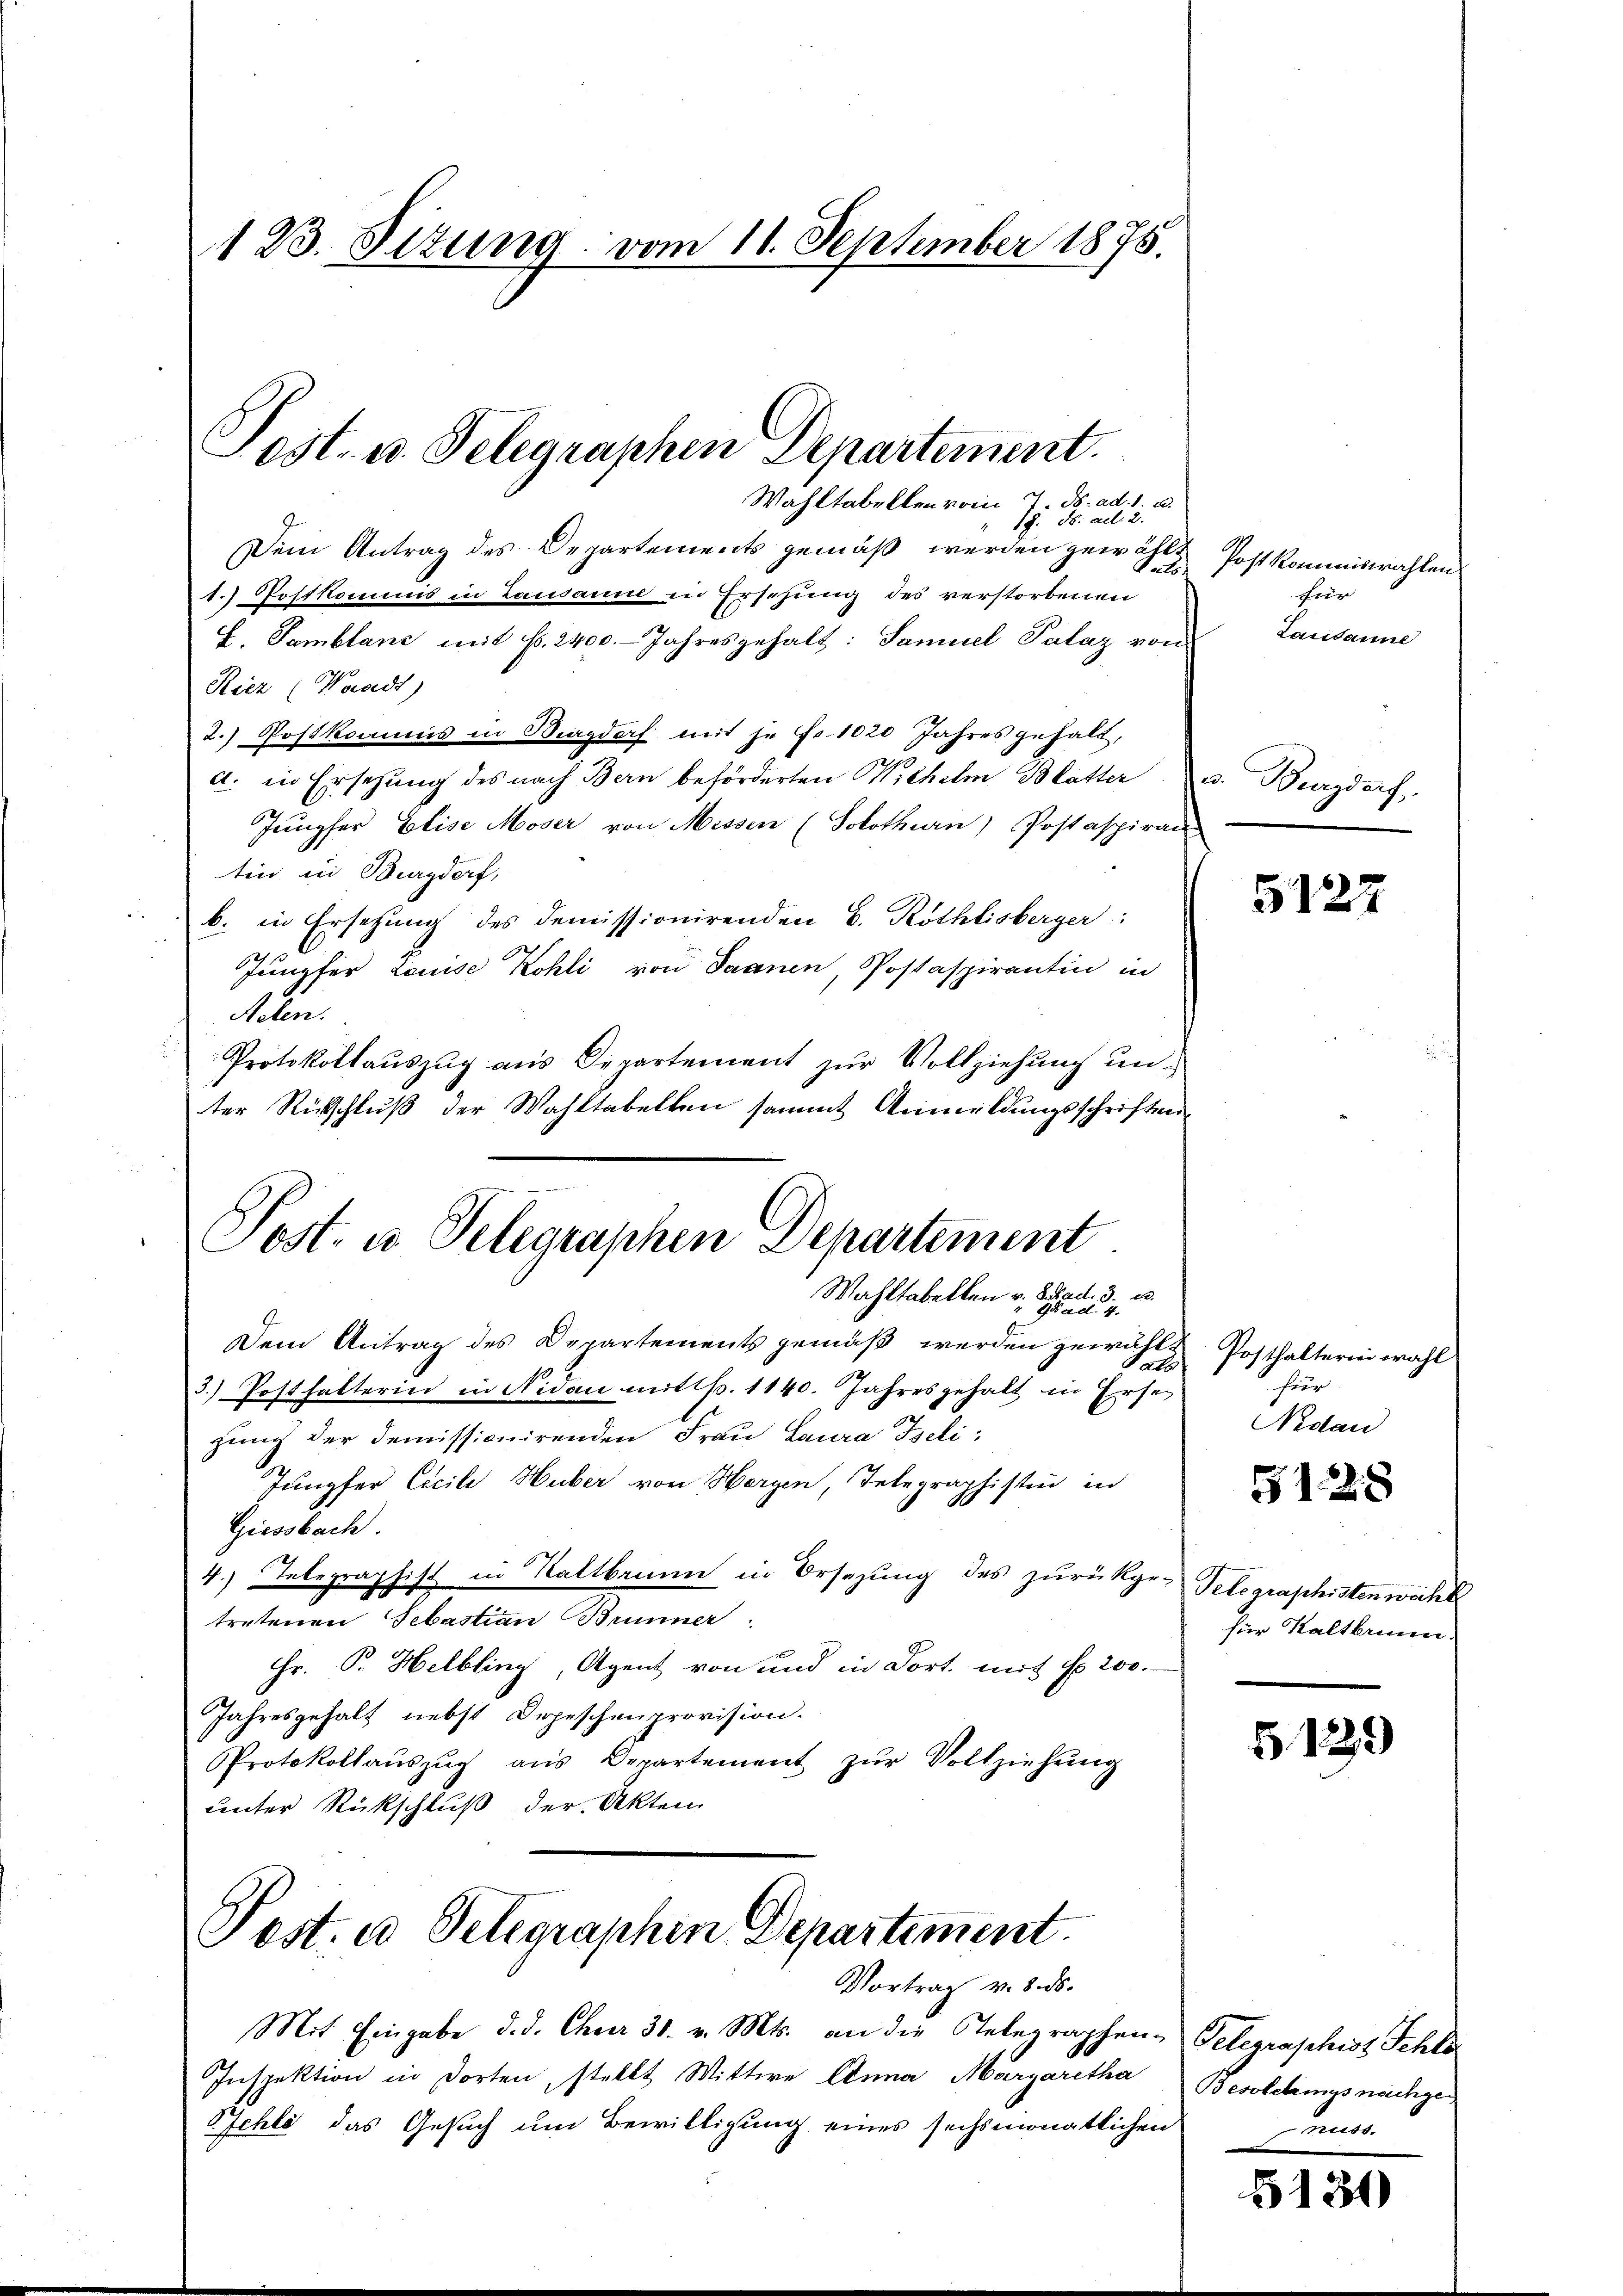
123. Situng vom 11. September 1875.

19. ds. Al. 2.
Dem Antrag des Departements gemäß werden gewählt Post kommiswahlen
1.) Postkommis in Lausanne in Ersehung des verstorbenen
L. Samblanc mit fr. 2400. Jahresgehalt: Samuel Palaz von
Ricz (Waadt)
2.) Postkomms in Bagdorf mit je Fr. 1020 Jahres gehalt,
a. in Ersehung des nach Bern beförderten Wilhelm Blatter u. Burgdorf
Jungfer Elise Moser von Messen (Solothurn) Postaspiran
tin in Burgdorf,
b. in Ersetzung des demissionirenden B. Röthlisberger:
Jungfer Louise Kohli von Saanen, Postaspirantin in
Auen.
Protokollaŭszŭg aŭs Departement zŭr Vollziehŭng ŭn-
ter Rückschluß der Wahltabellen sammt Anmeldungsschriften
Post. u. Telegraphen Departement
Wahltabellen v. Schad. 3. 22.
Dem Antrag des Departements gemäß werden gewähl & Posthalterin wahl
Pats
3.) Posthalterin in Nidau mittp. 1140. Jahresgehalt in Erse
zung der demissionirenden Frau Laura Iseli
Jungfer Cicile Huber von Herzen, Telegraphistin in
Giessbach
4.) Telegraphist in Kaltbrunn in Ersezung des zurückge-Telegraphisten wicht
tretenen Sebastian Brunner
Hr. Pr. Helbling, Agent von und in dort mit No 200.
Jahresgehalt nebst Depeschenprovision.
Protokollaŭszŭg aŭs Departement zŭr Vollziehŭng
unter Rückschluß der Akten

Post- u. Telegraphen Departement.
Wahltabellen vom 7. ds. ad. 1. u.

Pest. a Telegraphen Departement
Vortrag v. 8. ds.

Mit Eingabe d. d. Chur 30. v. Mts. an die Telegraphen-
Inspektion in dorten, stellt Wittwe Anna Margaretha
Behle das Gesuch um Bewilligung eines sechsmonatlichen

Hier
Lausanne

5122

für
Nidau

5128

für Kaltbrunn

5129

Gelegraschist Schlo
Besoletungsnachgen
uer

5134)